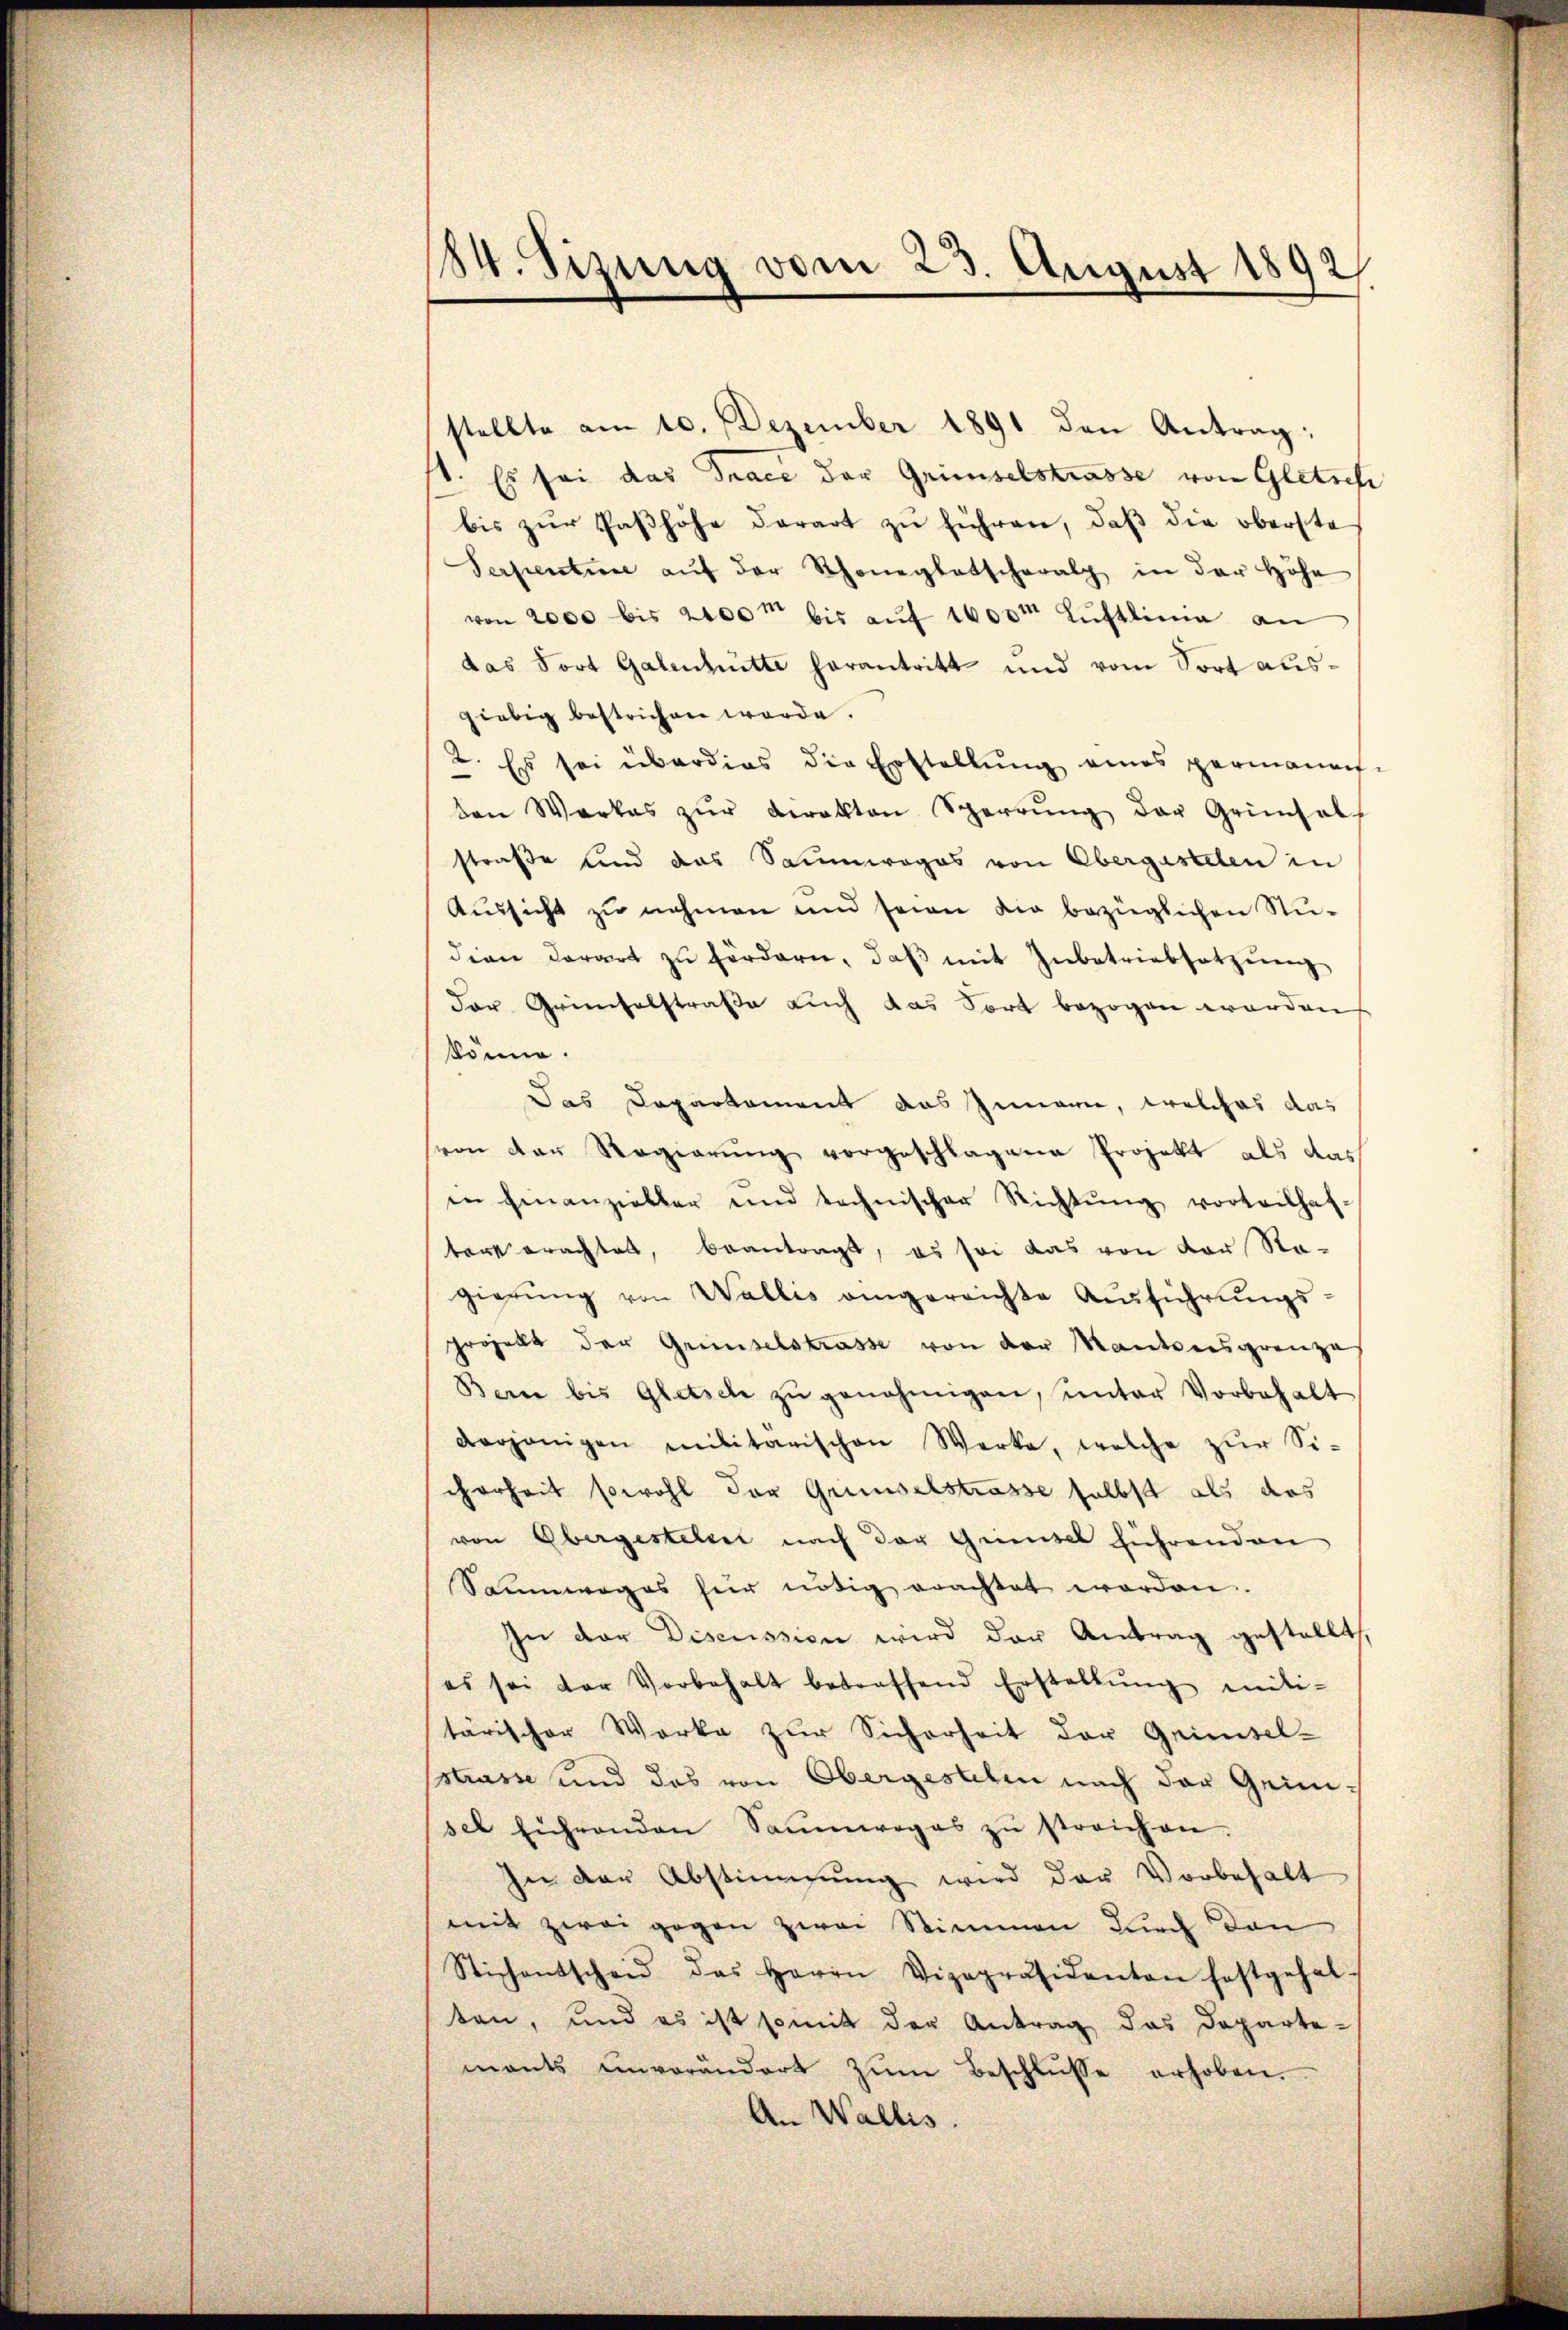
84. Sizung vom 23. August 1892

stellte am 10. Dezember 1891 den Antrag:
1. Es sei das Trace der Grimselstrasse von Gletsch
bis zŭr Paβhöhe derart zŭ führen, daβ die oberste
Serpentiae aŭf der Schöneglatscharalp in der Höhe
von 2000 bis 2100m bis auf 1600m Luftlinie an
das Fort Galenhütte herantritt und vom dort ausgiebig bestrichen werde.
2. Es sei überdies die Erstellŭng eines permanen-
den Werkes zŭr derakten Sperrŭng der Grünhal
straße und das Saumwogos von Obergestelen in
Aŭssicht zŭ nehmen und seien die bezüglichen Nu-
dien derart zŭ fördern, daβ mit Inbetriebsatzŭng
der Grienfelstraße auch das Fort bezogen worden
könne.
Das Departement das Innern, welches das
von der Regierung vorgeschlagene Projekt als das
in hinanzieller und technischer Richtŭng vorteilhaf-
ter erachtet, beantragt, es sei das von der Na-
gierŭng von Wallis angereichte Aŭsführŭngs-
projekt der Gründelstrasse von der Kantonsgrenze
Bern bis Glasch zŭ genehmigen, ŭnter Vorbehalt
derjenigen militärischen Werke, welche zur Sicherheit sowohl der Gründelstrasse selbst als das
von Obergestelen nach der Grimsel führenden
Sauwages hier nötig erachtet worden.
In der Discussion wird der Antrag gestellt,
es sei der Vorbehalt betreffend Erstellŭng miti-
tärischer Werke zur Sicherheit der Geisel-
sstrasse und das von Obergestelen nach der Gemüsel führenden Saumwoges zŭ streichen.
In der Abstimmung wird der Vorbehalt
mit zwei gegen zwei Stimmen durch den
Stichentscheid das Herrn Vizepräsidenten festgehal-
ten, und es ist somit der Antrag das Departe-
mants unverändert zŭm Beschlŭsse erhoben.
An Wallis.